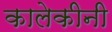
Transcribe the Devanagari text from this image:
कालेकीनी